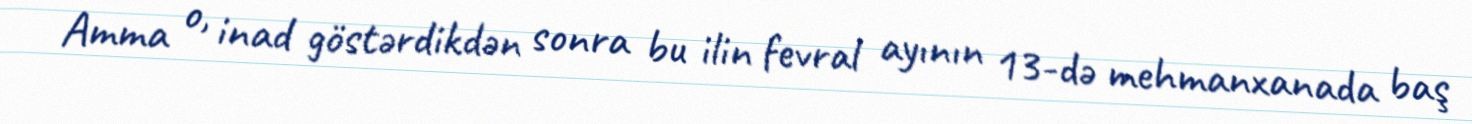
Amma o, inad göstərdikdən sonra bu ilin fevral ayının 13-də mehmanxanada baş